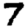
Digit: 7